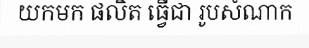
យកមក ផលិត ធ្វើជា រូបសំណាក